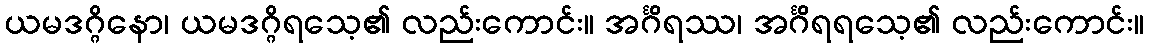
ယမဒဂ္ဂိနော၊ ယမဒဂ္ဂိရသေ့၏ လည်းကောင်း။ အင်္ဂိရဿ၊ အင်္ဂိရရသေ့၏ လည်းကောင်း။